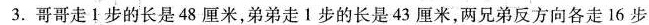
3.哥哥走1步的长是48厘米，弟弟走1步的长是43厘米，两兄弟反方向各走16步